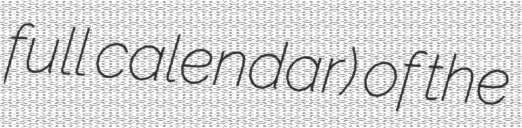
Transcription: full calendar) of the